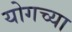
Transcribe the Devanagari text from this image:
योगच्या